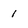
Character: 1